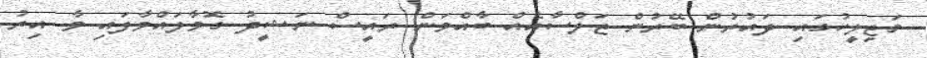
މަޖިލީހުގައި ދައުރުން ބޭރުން ޖަލްސާއެއް ބާއްވަން ރައީސް ނަޝީދު ގޮވާލައްވާފައި ވާ އިރު